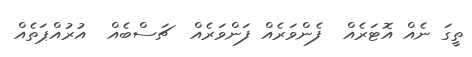
ތީގަ ނެއް އޮޓަރެއް  ފެންވަރެއް ފަންވަރެއް  ޗަސްބެއް  އުރުއްޕަތެއް